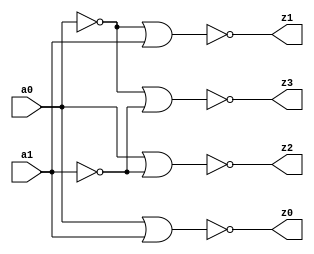
module d24h
(
	output		z0,
	output		z1,
	output		z2,
	output		z3,

	input		a0,
	input		a1
);

// from tosh_to_moto.v

wire ab;
wire bb;

wire ai;
wire bi;

assign ab = ~a0;
assign bb = ~a1;

assign ai = ~ab;
assign bi = ~bb;

assign z3 = ~(ab | bb);
assign z2 = ~(ai | bb);
assign z1 = ~(ab | bi);
assign z0 = ~(ai | bi);

endmodule